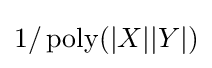
1/\operatorname {poly} (|X||Y|)